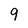
Character: 9